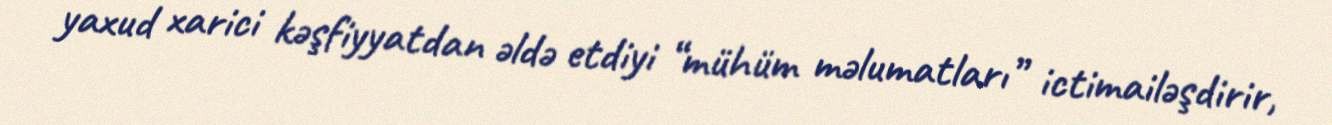
yaxud xarici kəşfiyyatdan əldə etdiyi “mühüm məlumatları” ictimailəşdirir,